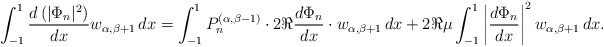
\begin{align*} \int_{-1}^1\frac {d\left(|\Phi_n|^2\right)}{dx} w_{\alpha,\beta+1}\,dx = \int_{-1}^1 P_n^{(\alpha,\beta-1)}\cdot 2\Re\dfrac{d\Phi_n}{dx}\cdot w_{\alpha,\beta+1}\,dx + 2\Re \mu \int_{-1}^1\left|\dfrac{d\Phi_n}{dx}\right|^2w_{\alpha,\beta+1}\, dx. \end{align*}